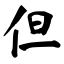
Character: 但